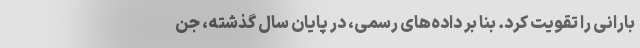
بارانی را تقویت کرد. بنا بر داده‌های رسمی، در پایان سال گذشته، جن